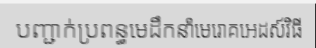
បញ្ជាក់ប្រពន្ធមេដឹកនាំមេរោគអេដស៍វិធី